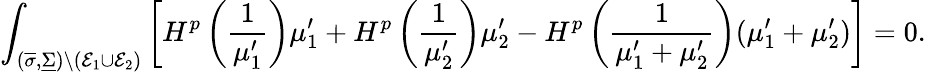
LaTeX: \int_{(\overline{\sigma},\underline{\Sigma})\setminus(\mathcal{E}_{1}\cup\mathcal{E}_{2})}\left[H^{p}\left(\frac{1}{\mu_{1}^{\prime}}\right)\mu_{1}^{\prime}+H^{p}\left(\frac{1}{\mu_{2}^{\prime}}\right)\mu_{2}^{\prime}-H^{p}\left(\frac{1}{\mu_{1}^{\prime}+\mu_{2}^{\prime}}\right)(\mu_{1}^{\prime}+\mu_{2}^{\prime})\right]=0.